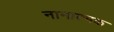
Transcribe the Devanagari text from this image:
नानात्मक